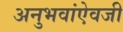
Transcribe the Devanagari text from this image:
अनुभवांऐवजी